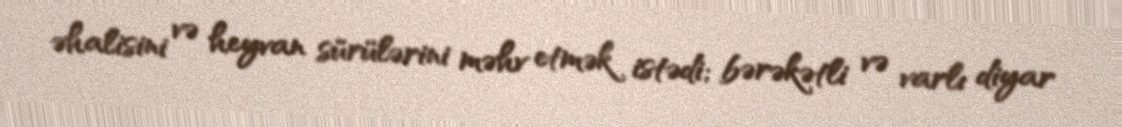
əhalisini və heyvan sürülərini məhv etmək istədi; bərəkətli və varlı diyar